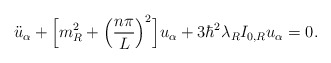
\begin{align*}\ddot{u}_{\alpha} + \Bigl[m^2_R + \Bigl(\frac{n \pi}{L} \Bigr)^2\Bigr] u_{\alpha} + 3 \hbar^2 \lambda_R I_{0,R} u_{\alpha} = 0.\end{align*}